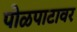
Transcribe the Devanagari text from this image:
पोळपाटावर